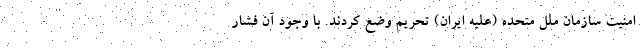
امنیت سازمان ملل متحده (علیه ایران) تحریم وضع کردند. با وجود آن فشار